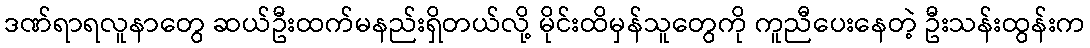
ဒဏ်ရာရလူနာတွေ ဆယ်ဦးထက်မနည်းရှိတယ်လို့ မိုင်းထိမှန်သူတွေကို ကူညီပေးနေတဲ့ ဦးသန်းထွန်းက